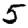
Digit: 5